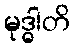
မုဒ္ဓါတိ